Indian journal of veterinary science and animal husbandry - Volume 7,
Year: 1937
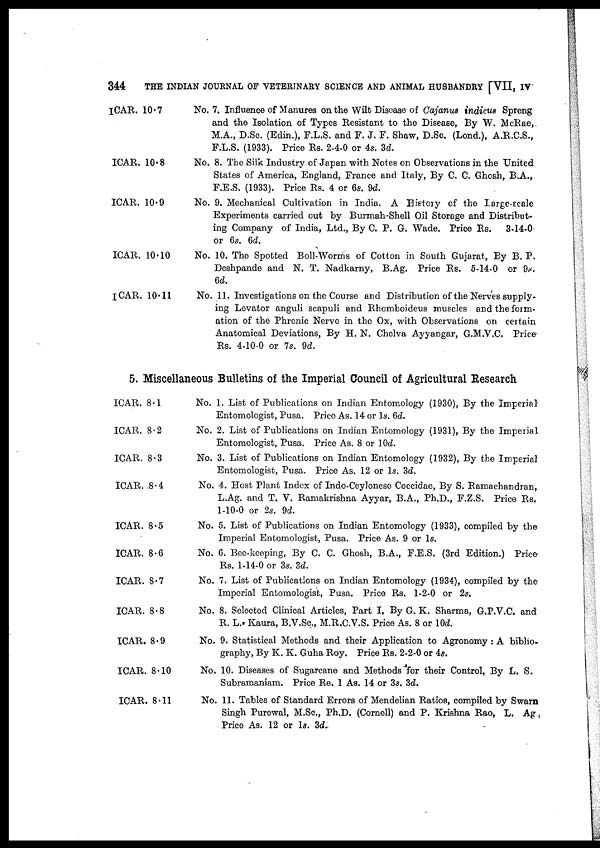
344
THE INDIAN JOURNAL OF VETERINARY SCIENCE AND ANIMAL HUSBANDRY [VII, IV
ICAR. 10.7
ICAR. 10.8
ICAR. 10. 9
ICAR. 10.10
I CAR. 10.11
No. 7. Influence of Manures on the Wilt Discase of Cajanus indicus Spreng
and the Isolation of Types Resistant to the Disease, By W. McRae,
M.A., D.Sc. (Edin.), F.L.S. and F. J. F. Shaw, D.Sc. (Lond.), A.R.C.S.,
F.L.S. (1933). Price Rs. 2-4-0 or 4s. 3d.
No. 8. The Silk Industry of Japan with Notes on Observations in the United
States of America, England, France and Italy, By C. C. Ghosh, B.A.,
F.E.S. (1933). Price Rs. 4 or 6s. 9d.
No. 9. Mechanical Cultivation in India. A History of the Large-scale
Experiments carried out by Burmah-Shell Oil Storage and Distribut-
ing Company of India, Ltd., By C. P. G. Wade. Price Rs. 3-14-0
or 6s. 6d.
No. 10. The Spotted Boll-Worms of Cotton in South Gujarat, By B. P.
Deshpande and N. T. Nadkarny, B.Ag. Price Rs. 5-14-0 or 9s.
6d.
No. 11. Investigations on the Course and Distribution of the Nerves supply-
ing Levator anguli scapuli and Rhomboideus muscles and the form-
ation of the Phrenic Nerve in the Ox, with Observations on certain
Anatomical Deviations, By H. N. Chelva Ayyangar, G.M.V.C. Price
Rs. 4-10-0 or 7s. 9d.
5. Miscellaneous Bulletins of the Imperial Council of Agricultural Research
ICAR. 8.1
ICAR. 8.2
ICAR. 8.3
ICAR. 8.4
ICAR. 8.5
ICAR. 8.6
ICAR. 8.7
ICAR. 8.8
ICAR. 8.9
ICAR. 8.10
ICAR. 8.11
No. 1. List of Publications on Indian Entomology (1930), By the Imperial
Entomologist, Pusa. Price As. 14 or 1s. 6d.
No. 2. List of Publications on Indian Entomology (1931), By the Imperial
Entomologist, Pusa. Price As. 8 or 10d.
No. 3. List of Publications on Indian Entomology (1932), By the Imperial
Entomologist, Pusa. Price As. 12 or 1s. 3d.
No. 4. Host Plant Index of Indo-Ceylonese Coccidae, By S. Ramachandran,
L.Ag. and T. V. Ramakrishna Ayyar, B.A., Ph.D., F.Z.S. Price Rs.
1-10-0 or 2s. 9d.
No. 5. List of Publications on Indian Entomology (1933), compiled by the
Imperial Entomologist, Pusa. Price As. 9 or 1s.
No. 6. Bee-keeping, By C. C. Ghosh, B.A., F.E.S. (3rd Edition.) Price
Rs. 1-14-0 or 3s. 3d.
No. 7. List of Publications on Indian Entomology (1934), compiled by the
Imperial Entomologist, Pusa. Price Rs. 1-2-0 or 2s.
No. 8. Selected Clinical Articles, Part I, By G. K. Sharma, G.P.V.C. and
R. L., Kaura, B.V.Sc., M.R.C.V.S. Price As. 8 or 10d.
No. 9. Statistical Methods and their Application to Agronomy : A biblio-
graphy, By K. K. Guha Roy. Price Rs. 2-2-0 or 4s.
No. 10. Diseases of Sugarcane and Methods for their Control, By L. S.
Subramaniam. Price Re. 1 As. 14 or 3s. 3d.
No. 11. Tables of Standard Errors of Mendelian Ratios, compiled by Swarn
Singh Purewal, M.Sc., Ph.D. (Cornell) and P. Krishna Rao, L. Ag.
Price As. 12 or 1s. 3d.